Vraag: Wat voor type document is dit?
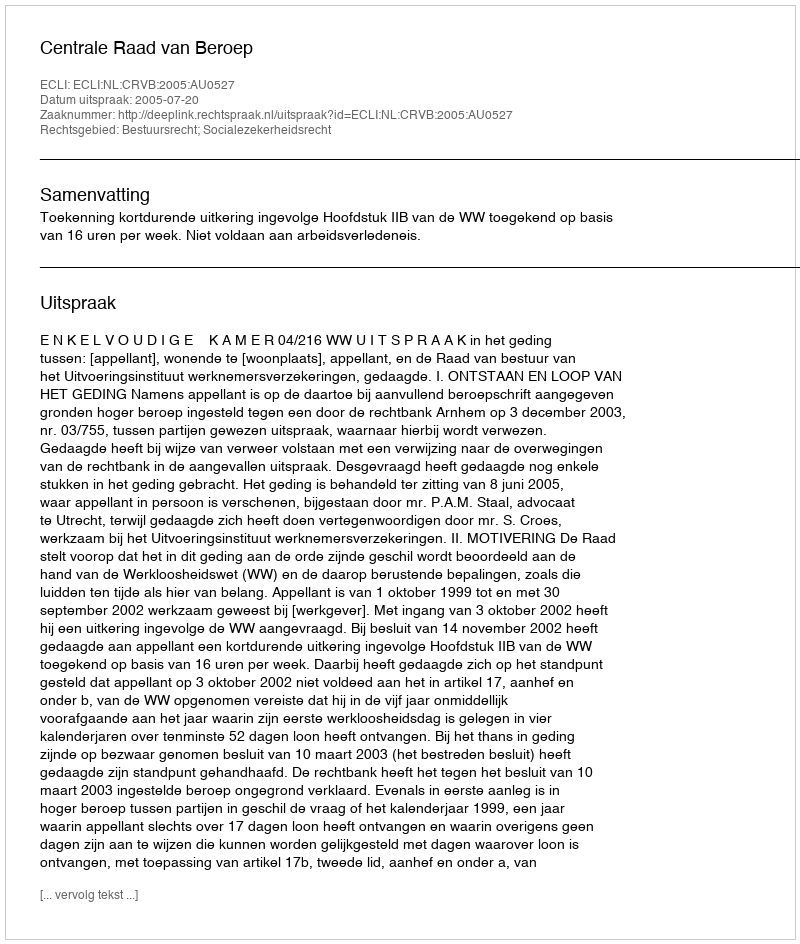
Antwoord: Uitspraak